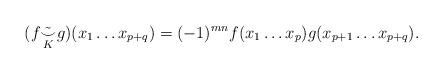
LaTeX: \begin{align*} (f\tilde{\underset{K}{\smile}} g) (x_1 \ldots x_{p+q}) = (-1)^{mn} f(x_1 \ldots x_p) g(x_{p+1} \ldots x_{p+q}).\end{align*}